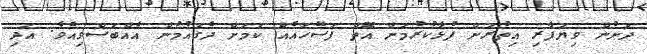
ދަށުން ވިޔަފާރި އިތުރަށް ފުޅާކުރުމަށް އޮތް ފަސޭހައެއް ކަމަށް ދެގައުމުން އެއްބަސްވިއެވެ. އަދި